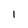
Character: 1